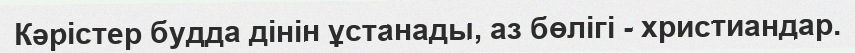
Кәрістер будда дінін ұстанады, аз бөлігі - христиандар.